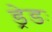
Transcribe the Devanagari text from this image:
ड्रेडः